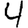
Digit: 4